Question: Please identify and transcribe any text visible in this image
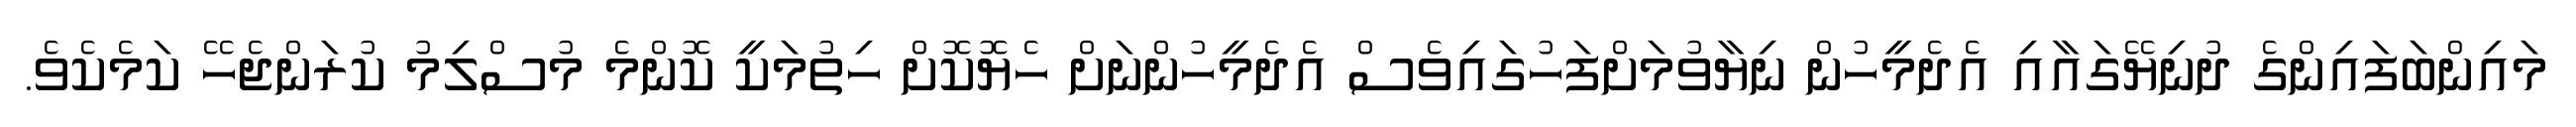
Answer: މައިންބަފައިންގެ ދުނިޔޭގައާއި އެދެމީހުން ނިޔާވުމަށްފަހުގައިވެސް އެދެމީހުންނަށް ހެޔޮކޮށް ހިތުމަކީ ކޮންމެ މުސްލިމު ކުރަންޖެހޭ ކަމެކެވެ.